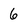
Character: 6